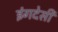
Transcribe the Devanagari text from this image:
इंगदेसी